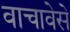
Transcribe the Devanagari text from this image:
वाचावेसे